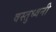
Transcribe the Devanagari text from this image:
वस्तुध्वनी